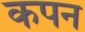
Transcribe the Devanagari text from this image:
कपन